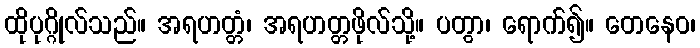
ထိုပုဂ္ဂိုလ်သည်။ အရဟတ္တံ၊ အရဟတ္တဖိုလ်သို့။ ပတွာ၊ ရောက်၍။ တေနေဝ၊